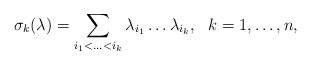
\begin{align*}\sigma_{k} (\lambda) = \sum_ {i_{1} < \ldots < i_{k}}\lambda_{i_{1}} \ldots \lambda_{i_{k}},\ \ k = 1, \ldots, n,\end{align*}